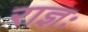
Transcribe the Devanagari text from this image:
राज्ञः